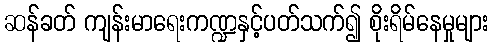
ဆန်ခတ် ကျန်းမာရေးကဏ္ဍနှင့်ပတ်သက်၍ စိုးရိမ်နေမှုများ